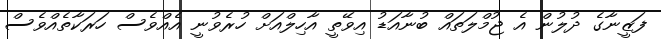
ފަޒީނާގެ ދުލުން އެ ޖުމްލަތައް ބުނާއަޑު އިވޭތީ އާހިލްއަށް ހުރެވުނީ އެއްވެސް ހަރަކާތެއްވެސް